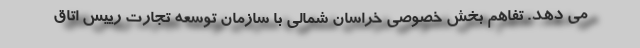
می دهد. تفاهم بخش خصوصی خراسان شمالی با سازمان توسعه تجارت رییس اتاق